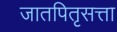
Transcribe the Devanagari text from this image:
जातपितृसत्ता